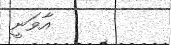
އާވަނީ